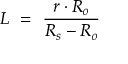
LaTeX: L \ = \ { \frac { r \cdot R _ { o } } { R _ { s } - R _ { o } } }